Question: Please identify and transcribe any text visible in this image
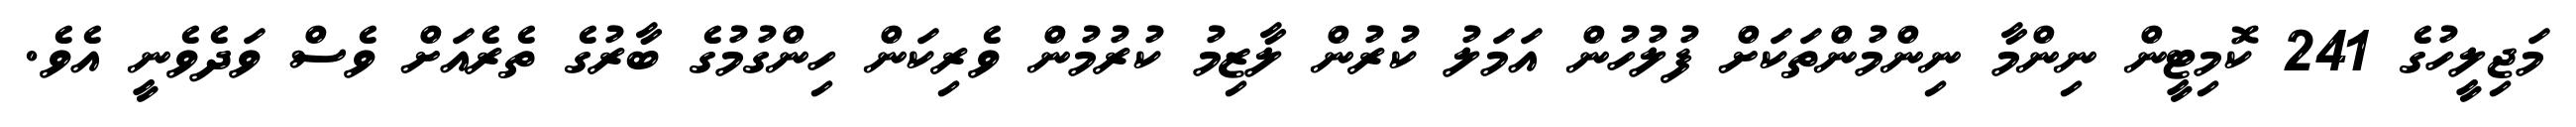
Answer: މަޖިލީހުގެ 241 ކޮމިޓީން ނިންމާ ނިންމުންތަކަށް ފުލުހުން އަމަލު ކުރުން ލާޒިމު ކުރުމުން ވެރިކަން ހިންގުމުގެ ބާރުގެ ތެރެއަށް ވެސް ވަދެވެނީ އެވެ.